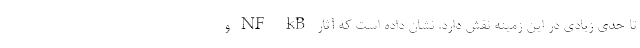
تا حدی زیادی در این زمینه نقش دارد. نشان داده است که آثار NF-kB و